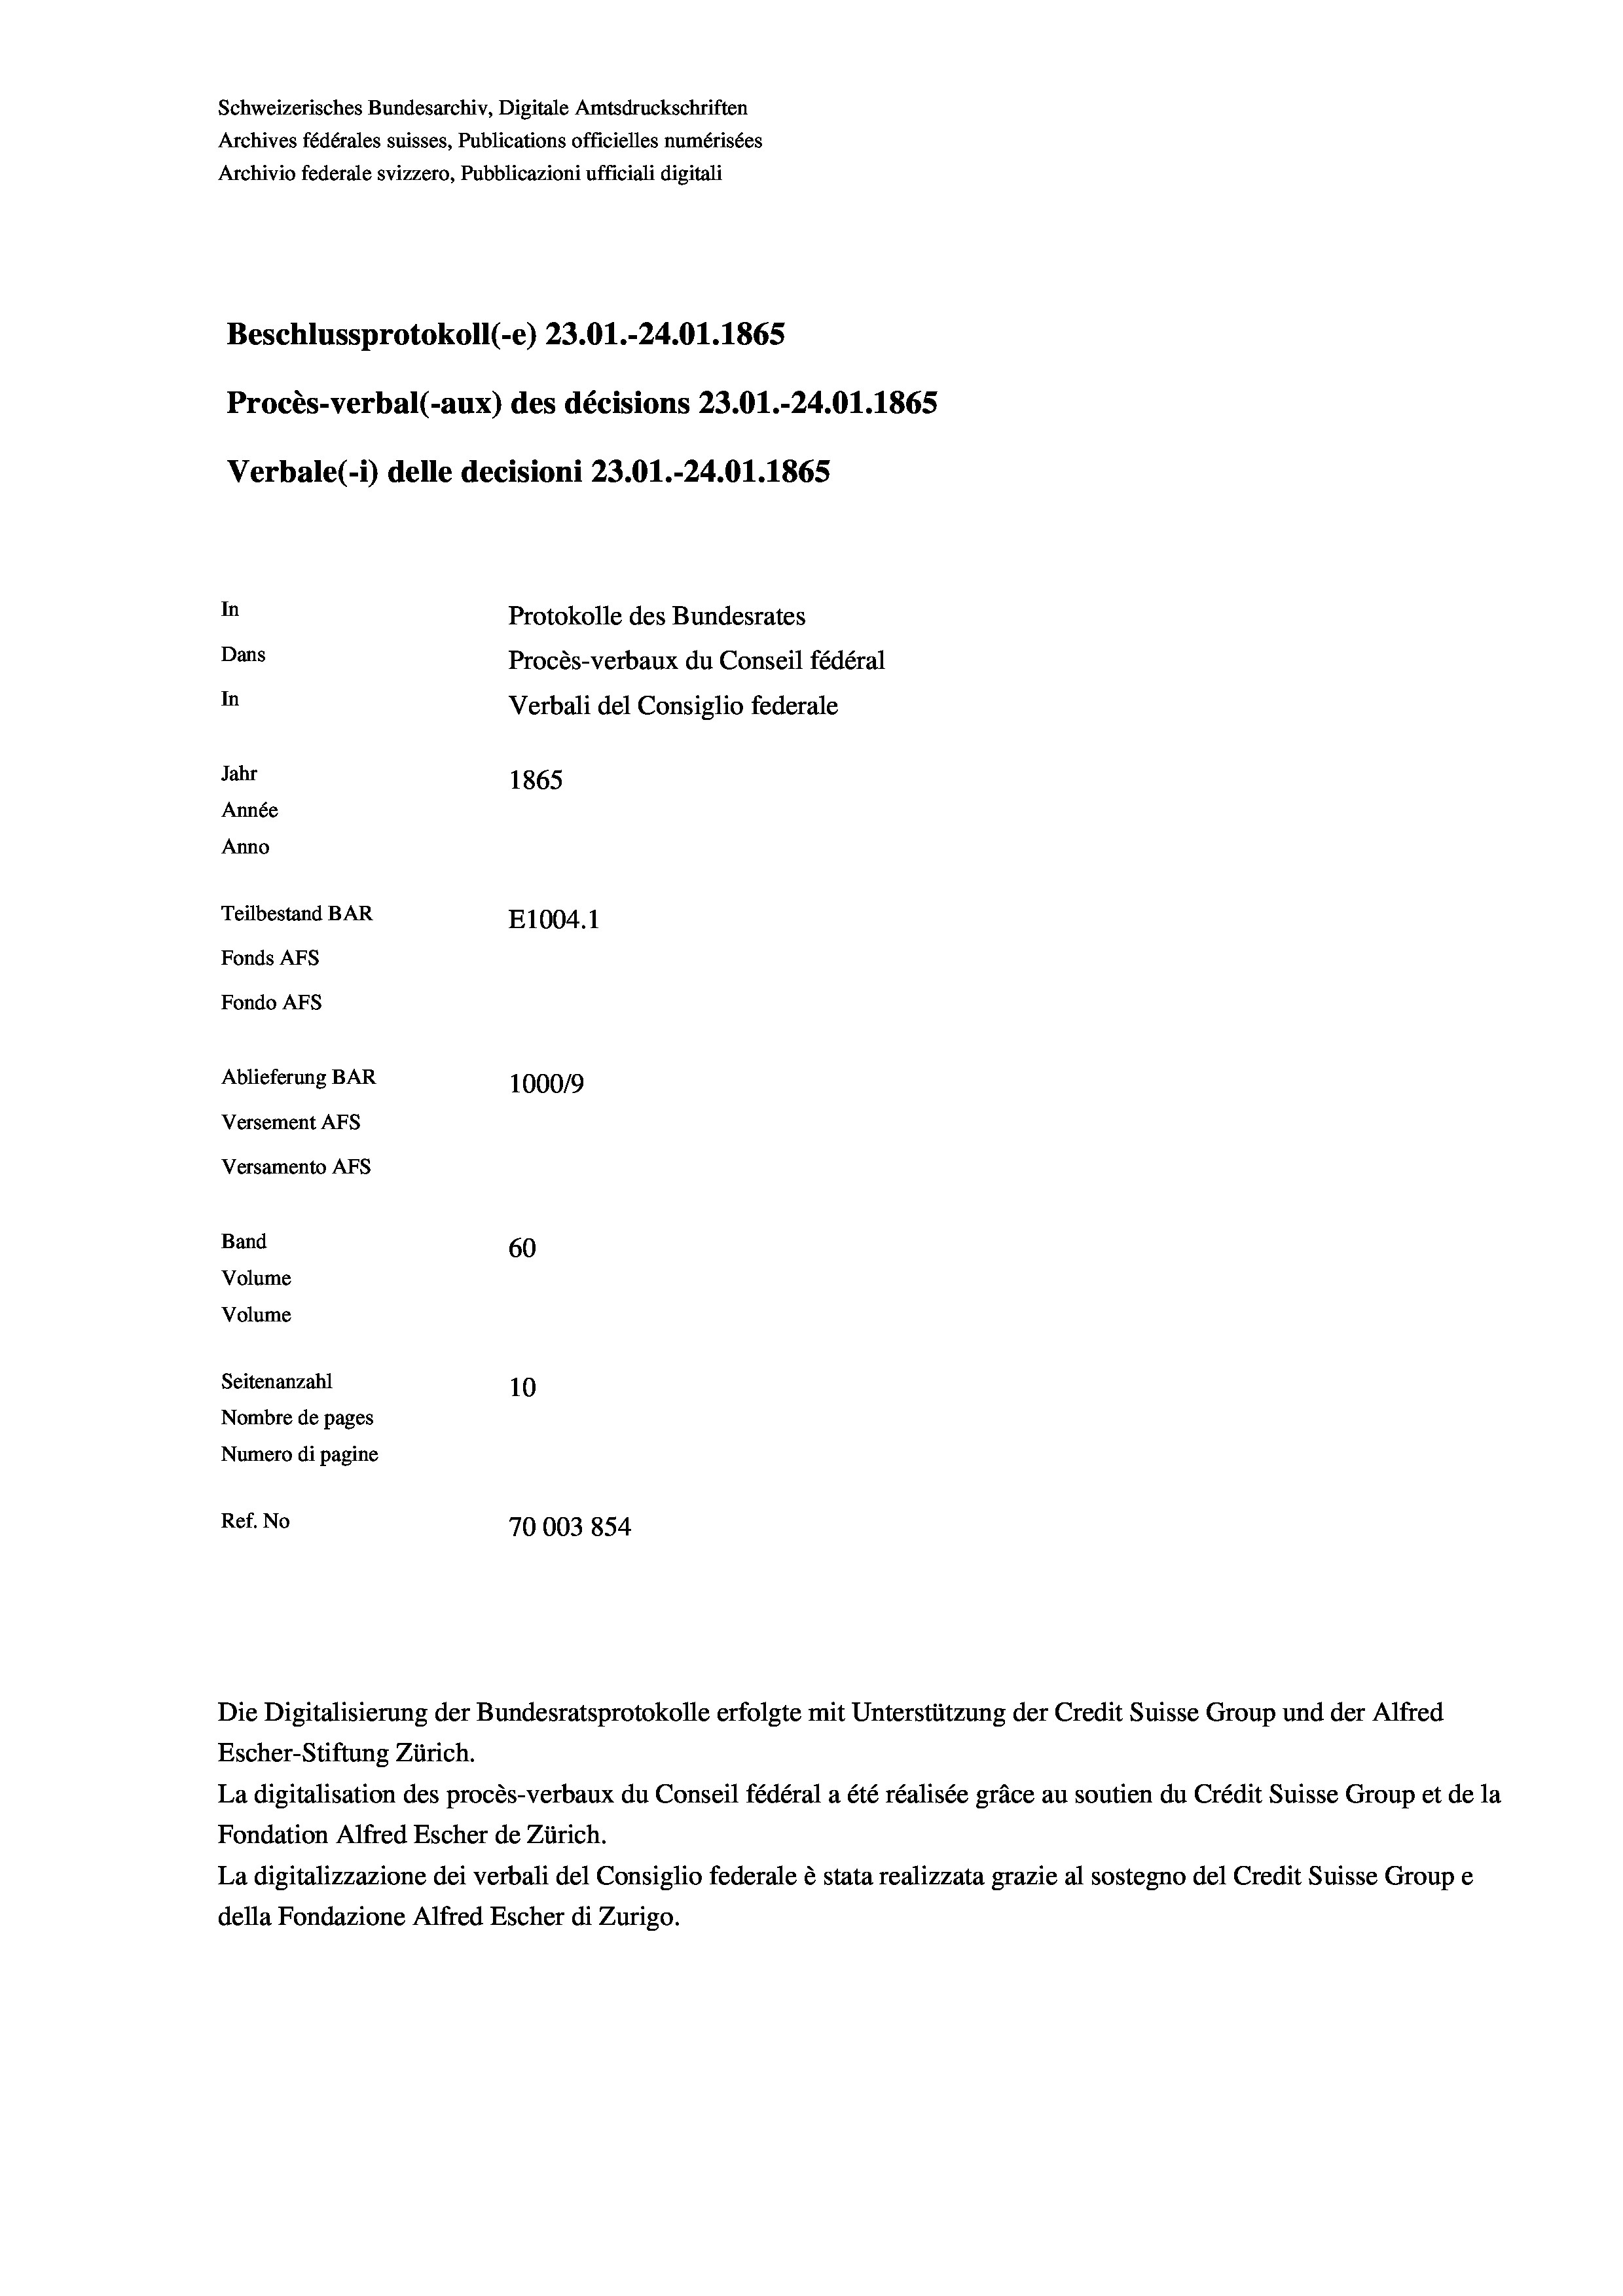
Schweizerisches Bundesarchiv, Digitale Amtsdruckschriften
Archives fédérales suisses, Publications officielles numérisées
Beschlussprotokoll (-e) 23.01.-24.01. 1865
Procès-verbal (-aux) des décisions 23.01.-24.01. 1865
Verbale (i) delle decisioni 23.01.-24.01. 1865
In
Protokolle des Bundesrates
Dans
Procès-verbaux du Conseil fédéral
In
Verbali del Consiglio federale
Jahr
1865
Année
Anno
Teilbestand BAR
E1004.1
Fonds AFs
Fondo Afs

Archivio federale svizzero, Pubblicazioni ufficiali digitali

Ablieferung BAR
Versement AFs
Versamento Afs
Band
Volume
Volume
Seitenanzahl

60

100019
10
Nombre de pages
Numero di pagine
Ref. No
70003854

Escher-Stiftung Zürich.
La digitalisation des procès-verbaux du Conseil fédéral a été réalisée gräce au soutien du Crédit Suisse Group et de la
Fondation Alfred Escher de Zürich.
La digitalizzazione dei verbali del Consiglio federale è stata realizzata grazie al sostegno del Credit Suisse Groupe
della Fondazione Alfred Escher di Zurigo.

Die Digitalisierung der Bundesratsprotokolle erfolgte mit Unterstützung der Credit Suisse Group und der Alfred